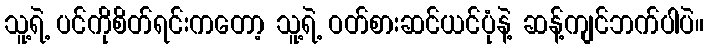
သူ့ရဲ့ ပင်ကိုစိတ်ရင်းကတော့ သူ့ရဲ့ ဝတ်စားဆင်ယင်ပုံနဲ့ ဆန့်ကျင်ဘက်ပါပဲ။